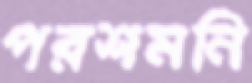
পরশমনি